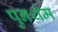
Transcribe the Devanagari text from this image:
पुनर्थम